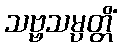
သဗ္ဗသမ္ပတ္တိံ